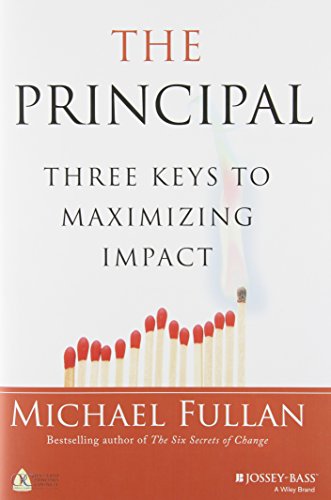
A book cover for The Principal: Three Keys to Maximizing Impact; Michael Fullan; Education & Teaching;